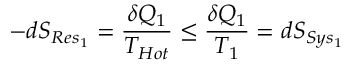
- d S _ { R e s _ { 1 } } = { \frac { \delta Q _ { 1 } } { T _ { H o t } } } \leq { \frac { \delta Q _ { 1 } } { T _ { 1 } } } = d S _ { S y s _ { 1 } }